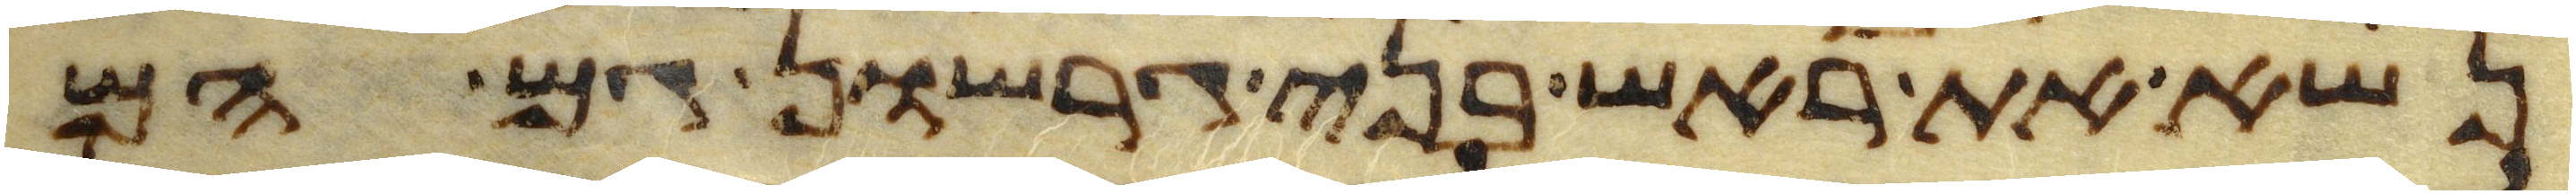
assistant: נשא את ראש בני גרשון גם הם